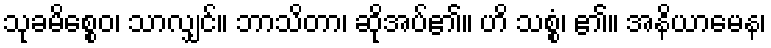
သုခမိစ္စေဝ၊ သာလျှင်။ ဘာသိတာ၊ ဆိုအပ်၏။ ဟိ သစ္စံ၊ ၏။ အနိယာမေန၊